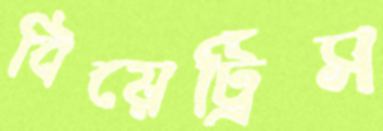
বিয়েট্রিস